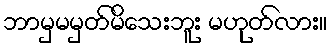
ဘာမှမမှတ်မိသေးဘူး မဟုတ်လား။